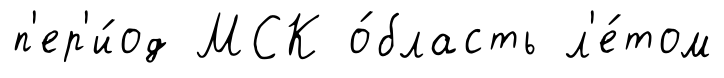
п'ер'и́од МСК о́бласть л'е́том